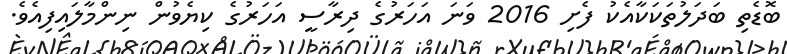
ބޮޑެތި ބަދަލުތަކަކާއެކު ފެށި 2016 ވަނަ އަހަރުގެ ދިރާސީ އަހަރުގެ ކިޔެވުން ނިންމާލައިފިއެވެ.